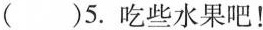
( )5.吃些水果吧!